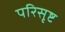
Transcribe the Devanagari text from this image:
परिसृष्ट